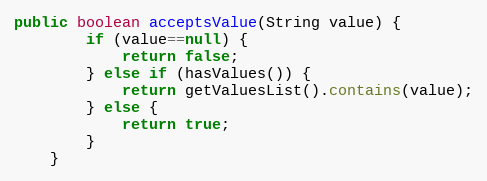
Language: Java
public boolean acceptsValue(String value) {
		if (value==null) {
			return false;
		} else if (hasValues()) {
			return getValuesList().contains(value);
		} else {
			return true;
		}
	}